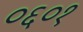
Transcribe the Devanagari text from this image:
०६०१